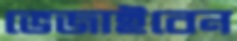
ভেজাইবেন